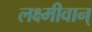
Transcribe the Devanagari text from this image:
लक्ष्मीवान्